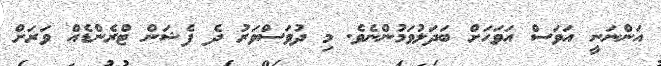
އަންނަނީ އަވަސް އަވަހަށް ބަދަލުވަމުންނެވެ. މި ދުވަސްވަރު ދެ ފެޝަން ޓްރެންޑެއް ވަރަށް